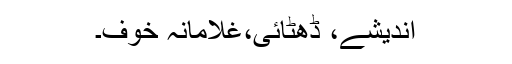
اندیشے، ڈھٹائی،غلامانہ خوف۔